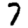
Digit: 7